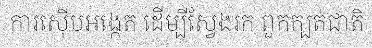
ការស៊ើបអង្កេត ដើម្បីស្វែងរក ពួកក្បត់ជាតិ